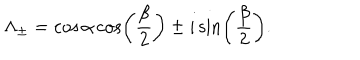
\Lambda _ { \pm } = \cos \alpha \cos \left( \frac { \beta } { 2 } \right) \pm i \sin \left( \frac { \beta } { 2 } \right) .